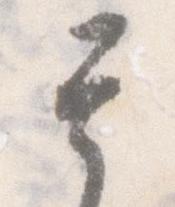
其